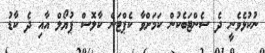
ނުކުޅެވެނީ ދެ ސެންޓަބެކުން ކަމަށްވާ ކެޕްޓަން ކާލޮސް ޕުޔޯލް އާއި ދެ ކާޑު